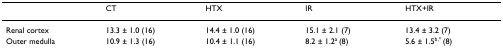
<table><thead><tr><td></td><td><b>CT</b></td><td><b>HTX</b></td><td><b>IR</b></td><td><b>HTX+IR</b></td></tr></thead><tbody><tr><td>Renal cortex</td><td>13.3 ± 1.0 (16)</td><td>14.4 ± 1.0 (16)</td><td>15.1 ± 2.1 (7)</td><td>13.4 ± 3.2 (7)</td></tr><tr><td>Outer medulla</td><td>10.9 ± 1.3 (16)</td><td>10.4 ± 1.1 (16)</td><td>8.2 ± 1.2<sup>a </sup>(8)</td><td>5.6 ± 1.5<sup>b,* </sup>(8)</td></tr></tbody></table>